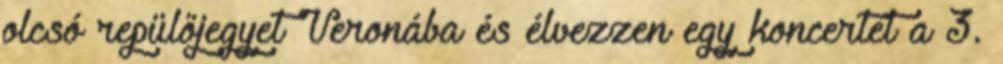
olcsó repülőjegyet Veronába és élvezzen egy koncertet a 3.